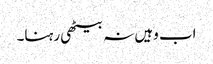
اب وہیں نہ بیٹھی رہنا۔